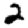
Digit: 2